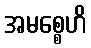
အမစ္စေဟိ